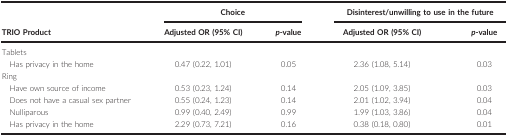
<table><thead><tr><td><b> </b></td><td colspan="2"><b>Choice</b></td><td colspan="2"><b>Disinterest/unwilling to use in the future</b></td></tr><tr><td><b>TRIO Product</b></td><td><b>Adjusted OR (95% CI)</b></td><td><b><i>p</i>‐value</b></td><td><b>Adjusted OR (95% CI)</b></td><td><b><i>p</i>‐value</b></td></tr></thead><tbody><tr><td colspan="5">Tablets</td></tr><tr><td>Has privacy in the home</td><td>0.47 (0.22, 1.01)</td><td>0.05</td><td>2.36 (1.08, 5.14)</td><td>0.03</td></tr><tr><td colspan="5">Ring</td></tr><tr><td>Have own source of income</td><td>0.53 (0.23, 1.24)</td><td>0.14</td><td>2.05 (1.09, 3.85)</td><td>0.03</td></tr><tr><td>Does not have a casual sex partner</td><td>0.55 (0.24, 1.23)</td><td>0.14</td><td>2.01 (1.02, 3.94)</td><td>0.04</td></tr><tr><td>Nulliparous</td><td>0.99 (0.40, 2.49)</td><td>0.99</td><td>1.99 (1.03, 3.86)</td><td>0.04</td></tr><tr><td>Has privacy in the home</td><td>2.29 (0.73, 7.21)</td><td>0.16</td><td>0.38 (0.18, 0.80)</td><td>0.01</td></tr></tbody></table>